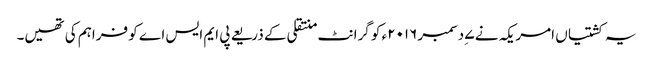
یہ کشتیاں امریکہ نے ۷ ِدسمبر ۲۰۱۶ء کو گرانٹ منتقلی کے ذریعے پی ایم ایس اے کو فراہم کی تھیں۔